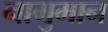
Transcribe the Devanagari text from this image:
नागुमान